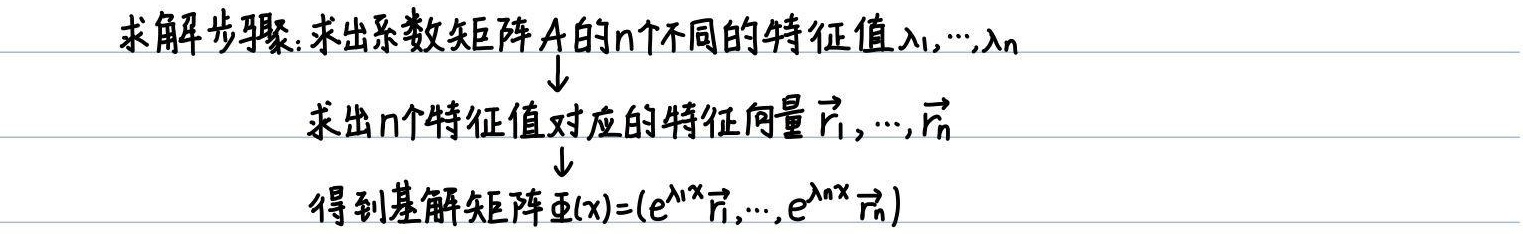
求解步骤：求出系数矩阵 \(A\) 的 \(n\) 个不同的特征值 \(\lambda_1,\cdots,\lambda_n\)
\(\downarrow\)
求出 \(n\) 个特征值对应的特征向量 \(\vec{r}_1,\cdots,\vec{r}_n\)
\(\downarrow\)
得到基解矩阵 \(\varPhi(x)=(e^{\lambda_1 x}\vec{r}_1,\cdots,e^{\lambda_n x}\vec{r}_n)\)